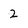
Character: 2